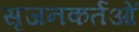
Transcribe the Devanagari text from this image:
सृजनकर्तओं